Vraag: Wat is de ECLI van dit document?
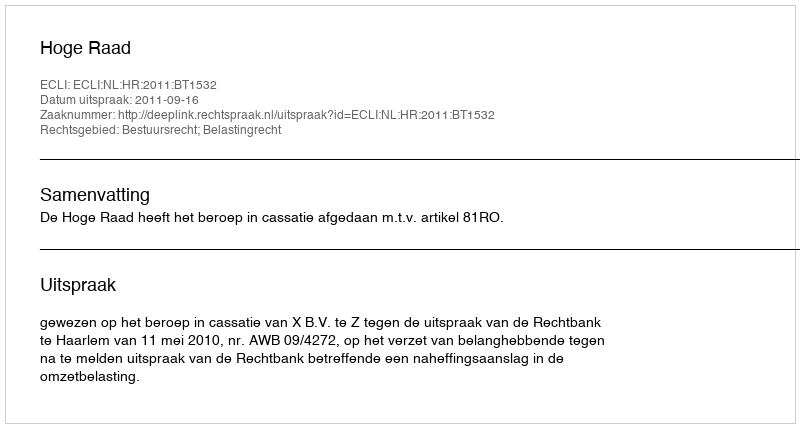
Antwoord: ECLI:NL:HR:2011:BT1532